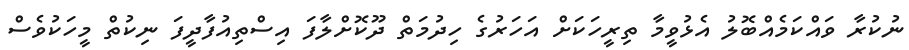
ނުކުރާ ވައްކަމެއްބޮލު އެޅުވީމާ ތިރީހަކަށް އަހަރުގެ ހިދުމަތް ދޫކޮށްލާފަ އިސްތިއުފާދީފަ ނިކުތް މީހަކުވެސް